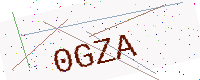
Text: 0GZA